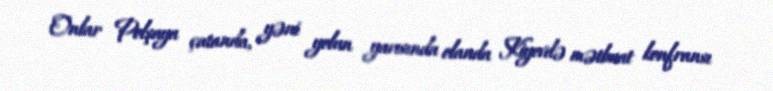
Onlar Polşaya çatanda, yəni yolun yarısında olanda Kiyevdə mətbuat konfransı